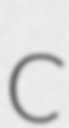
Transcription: C